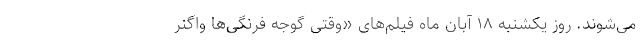
می‌شوند. روز یکشنبه ۱۸ آبان ماه فیلم‌های «وقتی گوجه فرنگی‌ها واگنر